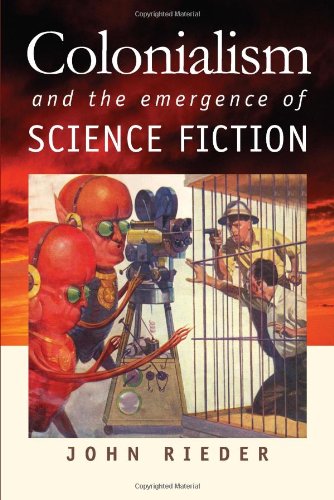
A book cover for Colonialism and the Emergence of Science Fiction (Early Classics of Science Fiction); John Rieder; Science Fiction & Fantasy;